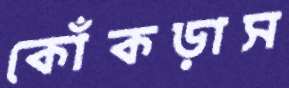
কোঁকড়াস